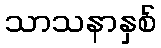
သာသနာနှစ်